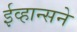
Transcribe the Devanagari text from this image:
ईव्हान्सने